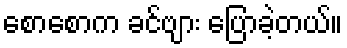
စောစောက ခင်ဗျား ပြောခဲ့တယ်။